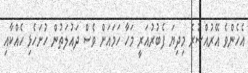
އެހެންވެ އޭރުއްސުރެ މިދިޔަ ފެބުރުއަރީ މަހާ ހަމައަށް ވެސް ދައުލަތުން ހުށަހެޅި ހެއްކާއި